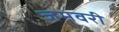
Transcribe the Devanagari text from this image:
जमवरी